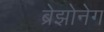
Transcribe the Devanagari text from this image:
ब्रेझोनेग